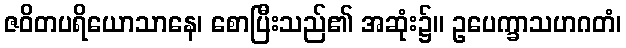
ဇဝိတပရိယောသာနေ၊ စောပြီးသည်၏ အဆုံး၌။ ဥပေက္ခာသဟဂတံ၊